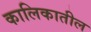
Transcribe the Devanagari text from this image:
कालिकातील